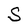
Character: S